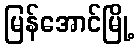
မြန်အောင်မြို့